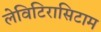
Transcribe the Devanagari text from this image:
लेविटिरासिटाम